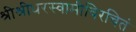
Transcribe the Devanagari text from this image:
श्रीश्रीधरस्वामीविरचितं